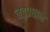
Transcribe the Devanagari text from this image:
जड़प्रधान